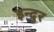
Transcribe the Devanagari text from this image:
इन्दुर